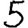
Digit: 5